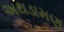
અથડામણ